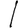
Digit: 1